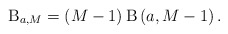
\begin{align*}\mathrm{B}_{a,M} = \left( M -1 \right) \mathrm{B}\left(a, M-1\right).\end{align*}